Scottish Leaving Certificate Examination, 1951
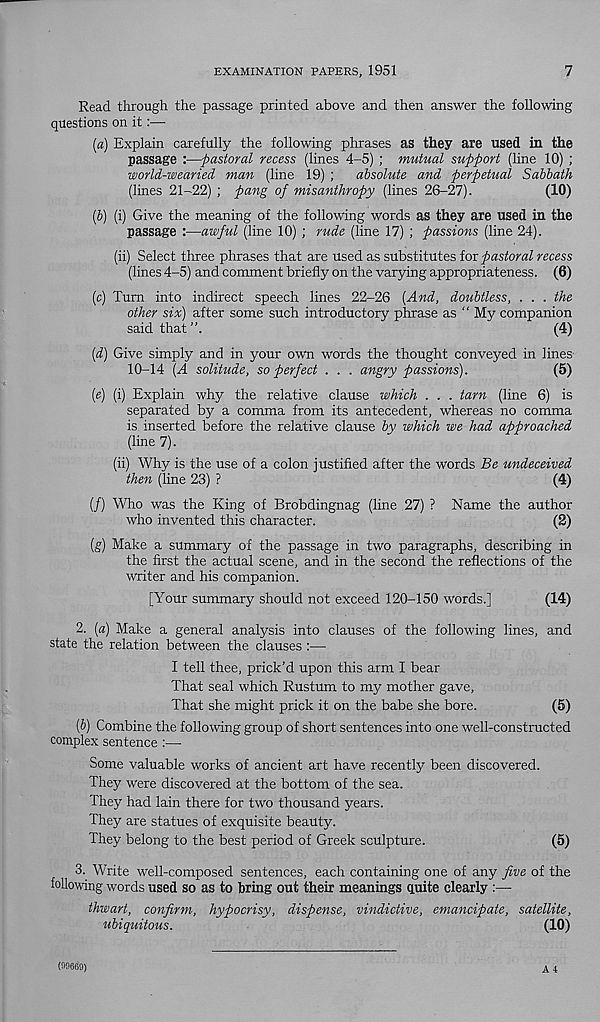
EXAMINATION PAPERS, 1951
7
Read through the passage printed above and then answer the following
questions on it:—■
(а) Explain carefully the following phrases as they are used in the
passage :—-pastoral recess (lines 4-5) ; mutual support (line 10) ;
world-wearied man (line 19) ;
absolute and perpetual Sabbath
(lines 21-22) ; pang of misanthropy (lines 26-27).
(10)
(б) (i) Give the meaning of the following words as they are used in the
passage :—awful (line 10) ; rude (line 17) ; passions (line 24).
(ii) Select three phrases that are used as substitutes for pastoral recess
(lines 4-5) and comment briefly on the varying appropriateness. (6)
(c) Turn into indirect speech lines 22-26 [And, doubtless, . . . the
other six) after some such introductory phrase as “ My companion
said that
(4)
(d) Give simply and in your own words the thought conveyed in lines-
10-14 (A solitude, so perfect . . . angry passions).
(5)
(e) (i) Explain why the relative clause which . . . tarn (line 6) is
separated by a comma from its antecedent, whereas no comma
is inserted before the relative clause by which we had approached
(line 7).
(ii) Why is the use of a colon justified after the words Be undeceived
then (line 23) ?
(4)
(/) Who was the King of Brobdingnag (line .27) ? Name the author
who invented this character.
(2)
[g) Make a summary of the passage in two paragraphs, describing in
the first the actual scene, and in the second the reflections of the
writer and his companion.
[Your summary should not exceed 120-150 words.]
(14)
2. (a) Make a general analysis into clauses of the following lines, and
state the relation between the clauses :—
I tell thee, prick’d upon this arm I bear
That seal which Rustum to my mother gave,
That she might prick it on the babe she bore.
(5)
[b) Combine the following group of short sentences into one well-constructed
complex sentence :—
Some valuable works of ancient art have recently been discovered.
They were discovered at the bottom of the sea.
They had lain there for two thousand years.
They are statues of exquisite beauty.
They belong to the best period of Greek sculpture.
(5)
3. Write well-composed sentences, each containing one of any five of the
following words used so as to bring out their meanings quite clearly :—
thwart, confirm, hypocrisy, dispense, vindictive, emancipate, satellite,
ubiquitous.
(10)
(W669)
A 4